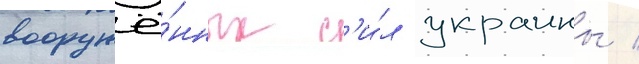
вооружё́нных с'и́л украины /